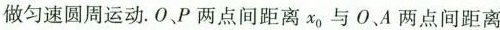
做匀速圆周运动。O、P两点间距离x_{0}与O、A两点间距离